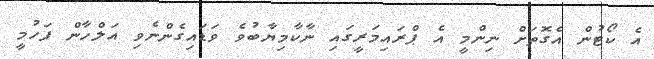
އެ ކޯޓުން އެގޮތަށް ނިންމީ އެ ޕްރައިމަރީގައި ނާކާމިޔާބުވެ ވަޑައިގެންނެވި އަލްހާން ފަހުމީ